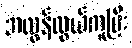
အလွန်လွယ်ကူပြီး